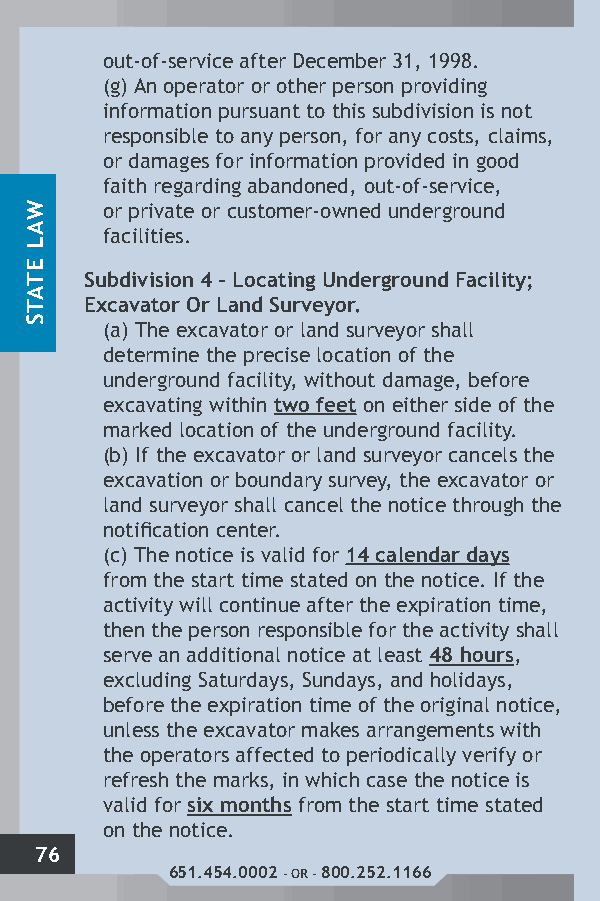
out-of-service after December 31, 1998.
 (g) An operator or other person providing
 information pursuant to this subdivision is not
 responsible to any person, for any costs, claims,
 or damages for information provided in good
 faith regarding abandoned, out-of-service,
 or private or customer-owned underground
 facilities.
 Subdivision 4 – Locating Underground Facility;
 Excavator Or Land Surveyor.
 (a) The excavator or land surveyor shall
 determine the precise location of the
 underground facility, without damage, before
 excavating within two feet on either side of the
 marked location of the underground facility.
 (b) If the excavator or land surveyor cancels the
 excavation or boundary survey, the excavator or
 land surveyor shall cancel the notice through the
 notification center.
 (c) The notice is valid for 14 calendar days
 from the start time stated on the notice. If the
 activity will continue after the expiration time,
 then the person responsible for the activity shall
 serve an additional notice at least 48 hours,
 excluding Saturdays, Sundays, and holidays,
 before the expiration time of the original notice,
 unless the excavator makes arrangements with
 the operators affected to periodically verify or
 refresh the marks, in which case the notice is
 valid for six months from the start time stated
 on the notice.
 76
 651.454.0002 - OR - 800.252.1166
 WAL
 ETATS